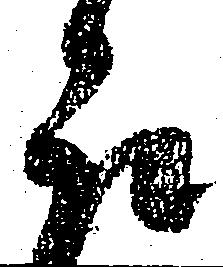
郎